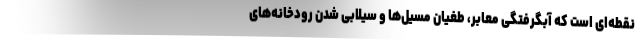
نقطه‌ای است که آبگرفتگی معابر، طغیان مسیل‌ها و سیلابی شدن رودخانه‌های